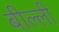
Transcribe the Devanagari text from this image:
बील्ली